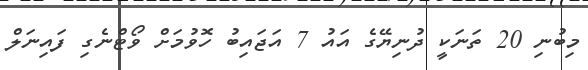
މިބުނި 20 ތަނަކީ ދުނިޔޭގެ އައު 7 އަޖައިބު ހޮވުމަށް ވޯޓްނެގި ފައިނަލް